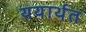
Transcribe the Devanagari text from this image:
ययार्थत